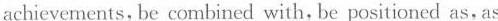
achievements, be combined with, be positioned as, as